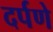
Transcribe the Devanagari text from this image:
दर्पणे